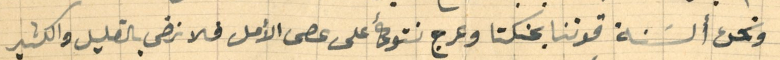
ونحن ألسَنة قوتنا بحنكتا وعرج نتوكأ على عصى الأمل فلا نرضى بالقليل والكثير